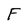
Character: F